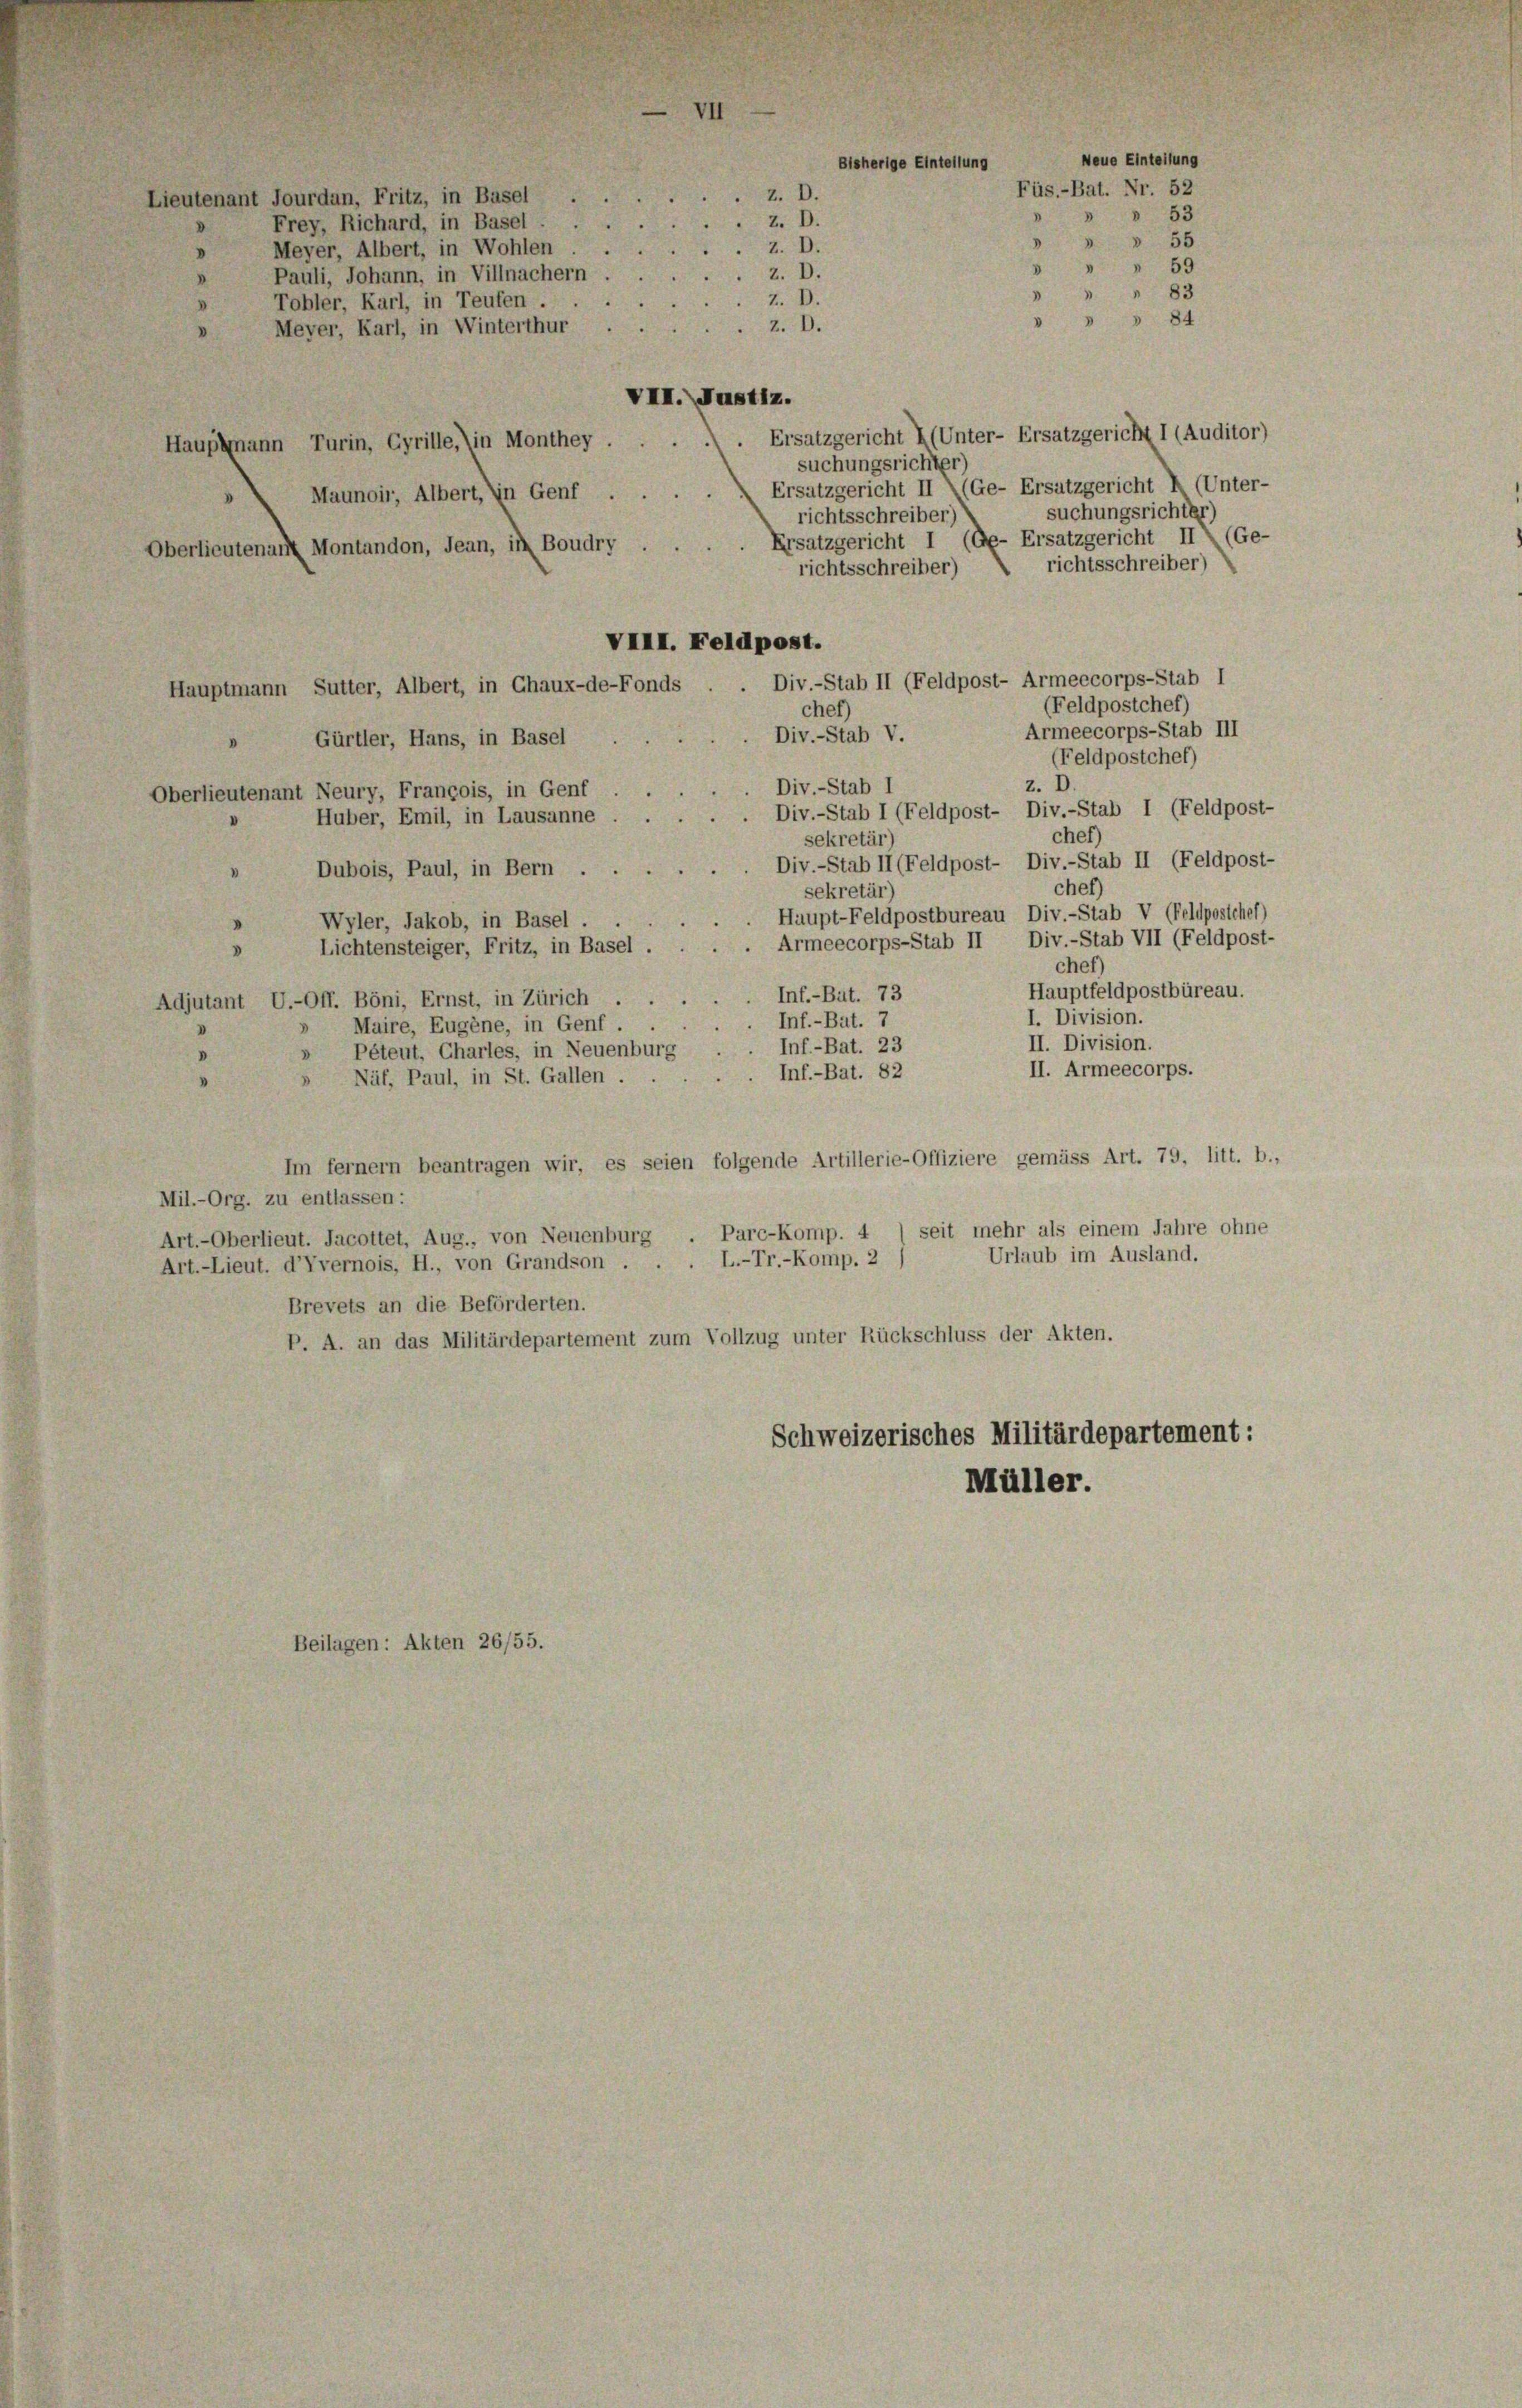
Lieutenant Jourdan, Fritz, in Basel
Frey, Richard, in Basel.

Meyer, Albert, in Wohlen
VIII. Justiz.
Ersatzgericht (Unter- Ersatzgericht I (Auditor)
Hauptmann Turin, Cyrille, in Monthey ...
suchungsrichter)
Ersatzgericht II (Ge- Ersatzgericht I (Unter-
Maunoir, Albert, in Genf . .
suchungsrichter)
richtsschreiber)
Ersatzgericht I (Ge-Ersatzgericht II (Ge-
Oberlieutenant Montandon, Jean, in Boudry
richtsschreiber)
richtsschreiber)
Div.-Stab II (Feldpost- Armeecorps-Stab I
Hauptmann Sutter, Albert, in Chaux-de-Fonds
(Feldpostchef)
cher)
Armeecorps-Stab III
Div.-Stab V.
Gürtler, Hans, in Basel
(Feldpostchef)
z. D.
Div.-Stab I
s
Oberlieutenant Neury, François, in Genf
Div.-Stab I (Feldpost- Div.-Stab I (Feldpost-
Huber, Emil, in Lausanne
cher)
sekretär
Div.-Stab II (Feldpost- Div.-Stab II (Feldpost-
Dubois, Paul, in Bern.
chef)
sekretär)
Haupt-Feldpostbureau Div.-Stab V (Feldpostcher)
Wyler, Jakob, in Basel.
Armeecorps-Stab II Div.-Stab VII (Feldpost-
Lichtensteiger, Fritz, in Basel.
cher)
Hauptfeldpostbüreau.
Inf.-Bat. 73
Adjutant U.-Off. Böni, Ernst, in Zürich
I. Division.
Inf.-Bat. 7
Maire, Eugene, in Genf.
II. Division.
Inf.-Bat. 23
Pétent, Chartes, in Neuenburg
II. Armeecorps.
Inf.-Bat. 82
Näf, Paul, in St. Gallen .
Im fernem beantragen wir, es seien folgende Artillerie-Offiziere gemäss Art. 79, litt. b.,
Mil.-Org. zu entlassen:
Art.-Oberlieut. Jacottet, Aug., von Neuenburg . Parc-Komp. 4 (seit mehr als einem Jahre ohne
Urlaub im Ausland.
Art.-Lieut. d’Vvernois, H., von Grandson . . . L.-Tr.-Komp. 2
Brevets an die Beförderten.
P. A. an das Militärdepartement zum Vollzug unter Rückschluss der Akten.
Schweizerisches Militärdepartement:
Müller.

Pauli, Johann, in Villnachern
Tobler, Karl, in Teufen .
Meyer, Karl, in Winterthur

Beilagen: Akten 26/55.

Neue Einteilung
Bisherige Eintellung
Füs.-Bat. Nr. 52
z. D.
53
8
z. D.
 " " 55
Z. D.
» " " 59
Z. D.
83
3
Z. D.
d
» 84
z. D.

VIII. Feldpost.